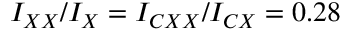
I _ { X X } / I _ { X } = I _ { C X X } / I _ { C X } = 0 . 2 8